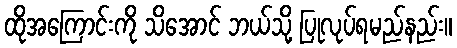
ထိုအကြောင်းကို သိအောင် ဘယ်သို့ ပြုလုပ်ရမည်နည်း။